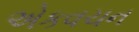
એકવચન